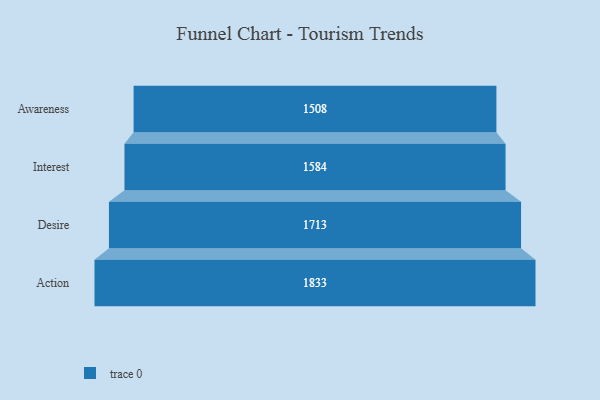
{"axis": {"x": "Stage", "y": "Value"}, "legend": [""], "data": [{"x": "Awareness", "y": 1508.0, "type": ""}, {"x": "Interest", "y": 1584.0, "type": ""}, {"x": "Desire", "y": 1713.0, "type": ""}, {"x": "Action", "y": 1833.0, "type": ""}]}